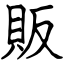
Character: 販